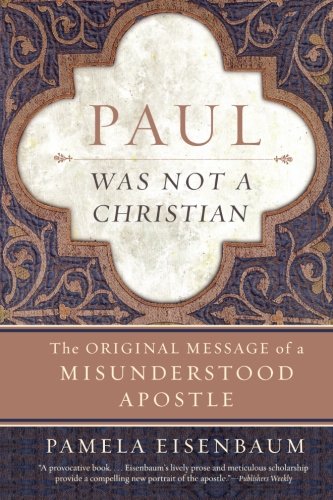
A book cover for Paul Was Not a Christian: The Original Message of a Misunderstood Apostle; Pamela Eisenbaum; Christian Books & Bibles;